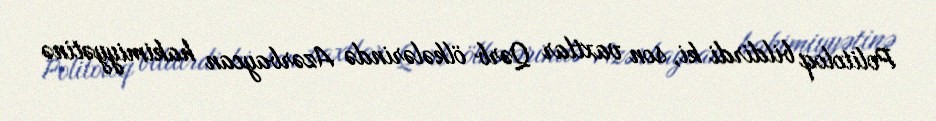
Politoloq bildirdi ki, son vaxtlar Qərb ölkələrində Azərbaycan hakimiyyətinə